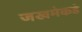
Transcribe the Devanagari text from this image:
जखमेकडे